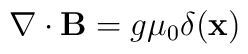
\nabla \cdot {\bf B} = g {\mu}_{0} \delta ( {\bf x} )